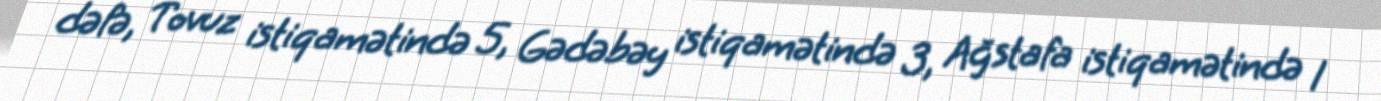
dəfə, Tovuz istiqamətində 5, Gədəbəy istiqamətində 3, Ağstafa istiqamətində 1